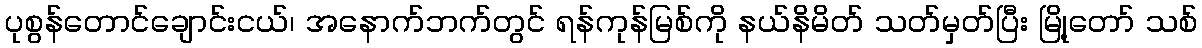
ပုစွန်တောင်ချောင်းငယ်၊ အနောက်ဘက်တွင် ရန်ကုန်မြစ်ကို နယ်နိမိတ် သတ်မှတ်ပြီး မြို့တော် သစ်